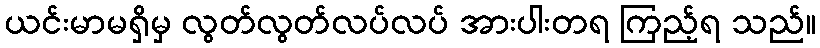
ယင်းမာမရှိမှ လွတ်လွတ်လပ်လပ် အားပါးတရ ကြည့်ရ သည်။